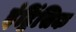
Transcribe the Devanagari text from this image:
इंट्रिंसिक